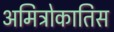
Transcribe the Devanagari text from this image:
अमित्रोकातिस